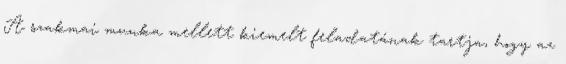
A szakmai munka mellett kiemelt feladatának tartja, hogy az